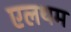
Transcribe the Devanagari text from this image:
एलथम